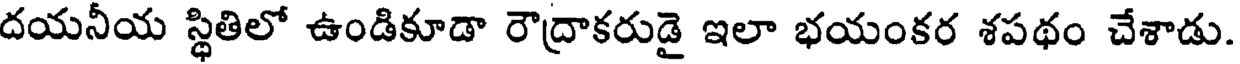
దయనీయ స్థితిలో ఉండికూడా రౌద్రాకరుడై ఇలా భయంకర శపథం చేశాడు.